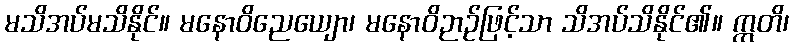
မသိအပ်မသိနိုင်။ မနောဝိညေယျော၊ မနောဝိဉာဉ်ဖြင့်သာ သိအပ်သိနိုင်၏။ ဣတိ၊